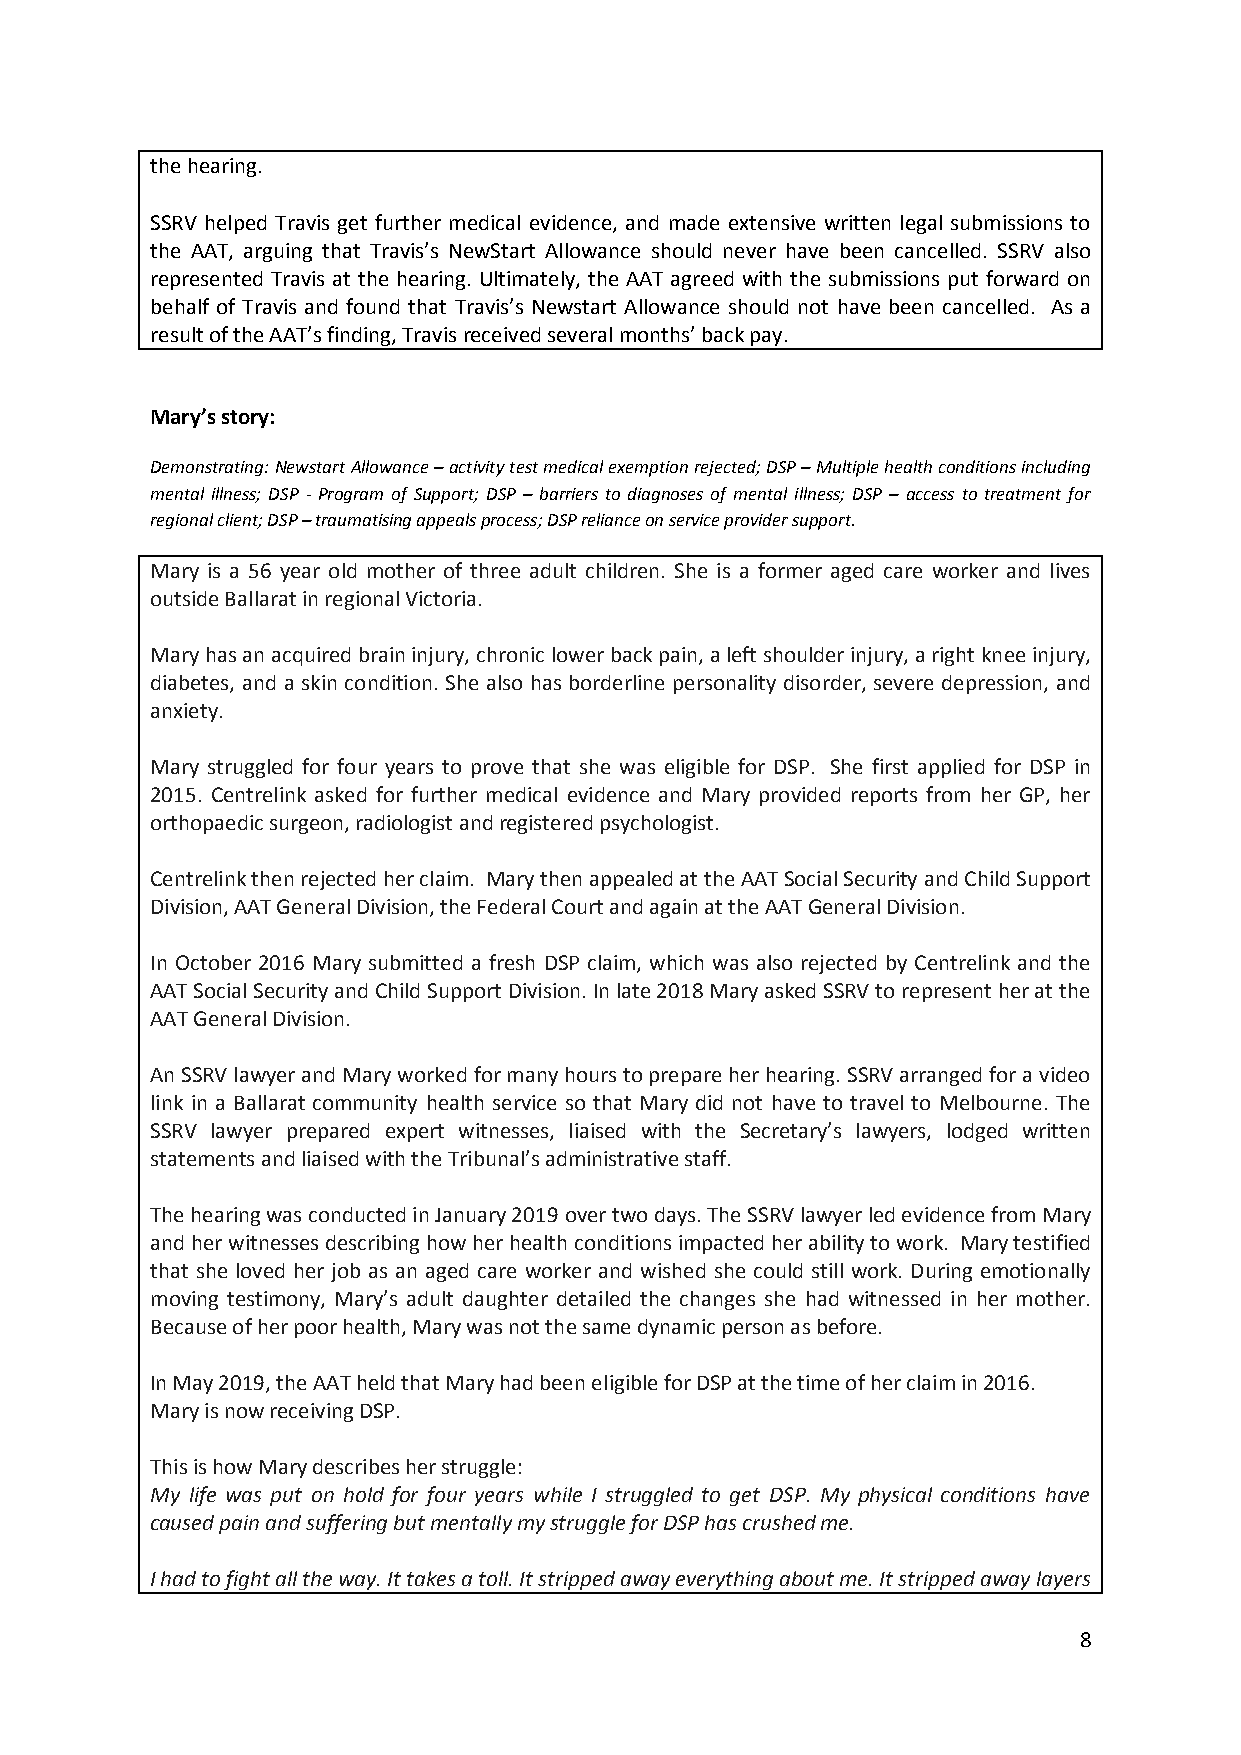
the hearing.
 SSRV helped Travis get further medical evidence, and made extensive written legal submissions to
 the AAT, arguing that Travis’s NewStart Allowance should never have been cancelled. SSRV also
 represented Travis at the hearing. Ultimately, the AAT agreed with the submissions put forward on
 behalf of Travis and found that Travis’s Newstart Allowance should not have been cancelled. As a
 result of the AAT’s finding, Travis received several months’ back pay.
 Mary’s story:
 Demonstrating: Newstart Allowance – activity test medical exemption rejected; DSP – Multiple health conditions including
 mental illness; DSP - Program of Support; DSP – barriers to diagnoses of mental illness; DSP – access to treatment for
 regional client; DSP – traumatising appeals process; DSP reliance on service provider support.
 Mary is a 56 year old mother of three adult children. She is a former aged care worker and lives
 outside Ballarat in regional Victoria.
 Mary has an acquired brain injury, chronic lower back pain, a left shoulder injury, a right knee injury,
 diabetes, and a skin condition. She also has borderline personality disorder, severe depression, and
 anxiety.
 Mary struggled for four years to prove that she was eligible for DSP. She first applied for DSP in
 2015. Centrelink asked for further medical evidence and Mary provided reports from her GP, her
 orthopaedic surgeon, radiologist and registered psychologist.
 Centrelink then rejected her claim. Mary then appealed at the AAT Social Security and Child Support
 Division, AAT General Division, the Federal Court and again at the AAT General Division.
 In October 2016 Mary submitted a fresh DSP claim, which was also rejected by Centrelink and the
 AAT Social Security and Child Support Division. In late 2018 Mary asked SSRV to represent her at the
 AAT General Division.
 An SSRV lawyer and Mary worked for many hours to prepare her hearing. SSRV arranged for a video
 link in a Ballarat community health service so that Mary did not have to travel to Melbourne. The
 SSRV lawyer prepared expert witnesses, liaised with the Secretary’s lawyers, lodged written
 statements and liaised with the Tribunal’s administrative staff.
 The hearing was conducted in January 2019 over two days. The SSRV lawyer led evidence from Mary
 and her witnesses describing how her health conditions impacted her ability to work. Mary testified
 that she loved her job as an aged care worker and wished she could still work. During emotionally
 moving testimony, Mary’s adult daughter detailed the changes she had witnessed in her mother.
 Because of her poor health, Mary was not the same dynamic person as before.
 In May 2019, the AAT held that Mary had been eligible for DSP at the time of her claim in 2016.
 Mary is now receiving DSP.
 This is how Mary describes her struggle:
 My life was put on hold for four years while I struggled to get DSP. My physical conditions have
 caused pain and suffering but mentally my struggle for DSP has crushed me.
 I had to fight all the way. It takes a toll. It stripped away everything about me. It stripped away layers
 8